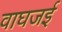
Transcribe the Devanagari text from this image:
वाघजई